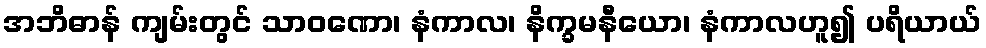
အဘိဓာန် ကျမ်းတွင် သာဝဏော၊ နံကာလ၊ နိက္ခမနီယော၊ နံကာလဟူ၍ ပရိယာယ်